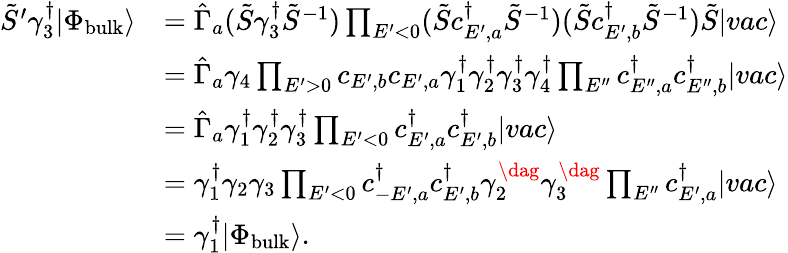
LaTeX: \begin{array}{rl}{\tilde{S}^{\prime}\gamma_{3}^{\dagger}|\Phi_{\mathrm{bulk}}\rangle}&{=\hat{\Gamma}_{a}(\tilde{S}\gamma_{3}^{\dagger}\tilde{S}^{-1})\prod_{E^{\prime}<0}(\tilde{S}c_{E^{\prime},a}^{\dagger}\tilde{S}^{-1})(\tilde{S}c_{E^{\prime},b}^{\dagger}\tilde{S}^{-1})\tilde{S}|vac\rangle}\\ &{=\hat{\Gamma}_{a}\gamma_{4}\prod_{E^{\prime}>0}c_{E^{\prime},b}c_{E^{\prime},a}\gamma_{1}^{\dagger}\gamma_{2}^{\dagger}\gamma_{3}^{\dagger}\gamma_{4}^{\dagger}\prod_{E^{\prime\prime}}c_{E^{\prime\prime},a}^{\dagger}c_{E^{\prime\prime},b}^{\dagger}|vac\rangle}\\ &{=\hat{\Gamma}_{a}\gamma_{1}^{\dagger}\gamma_{2}^{\dagger}\gamma_{3}^{\dagger}\prod_{E^{\prime}<0}c_{E^{\prime},a}^{\dagger}c_{E^{\prime},b}^{\dagger}|vac\rangle}\\ &{=\gamma_{1}^{\dagger}\gamma_{2}\gamma_{3}\prod_{E^{\prime}<0}c_{-E^{\prime},a}^{\dagger}c_{E^{\prime},b}^{\dagger}\gamma_{2}^{\dag}\gamma_{3}^{\dag}\prod_{E^{\prime\prime}}c_{E^{\prime},a}^{\dagger}|vac\rangle}\\ &{=\gamma_{1}^{\dagger}|\Phi_{\mathrm{bulk}}\rangle.}\end{array}